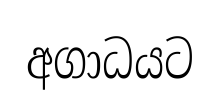
අගාධයට